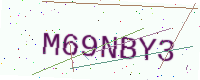
Text: M69NBY3